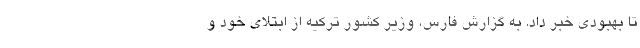
تا بهبودی خبر داد. به گزارش فارس، وزیر کشور ترکیه از ابتلای خود و